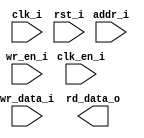
/*******************************************************************************
    Verilog netlist generated by IPGEN Lattice Radiant Software (64-bit)
    2022.1.0.52.3
    Soft IP Version: 2.1.0
    2023 02 05 13:29:57
*******************************************************************************/
/*******************************************************************************
    Wrapper Module generated per user settings.
*******************************************************************************/
module ebr8x16 (clk_i, rst_i, clk_en_i, wr_en_i, wr_data_i, addr_i, rd_data_o)/* synthesis syn_black_box syn_declare_black_box=1 */;
    input  clk_i;
    input  rst_i;
    input  clk_en_i;
    input  wr_en_i;
    input  [15:0]  wr_data_i;
    input  [7:0]  addr_i;
    output  [15:0]  rd_data_o;
endmodule